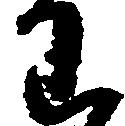
わ